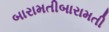
બારામતીબારામતી